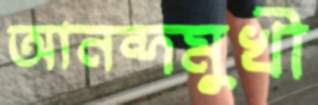
আনন্দমুখী